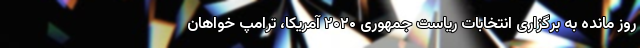
روز مانده به برگزاری انتخابات ریاست جمهوری ۲۰۲۰ آمریکا، ترامپ خواهان